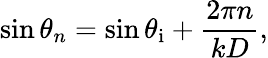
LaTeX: \sin\theta_{n}=\sin\theta_{\mathrm{i}}+\frac{2\pi n}{kD},